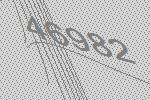
46982